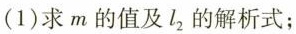
(1)求m的值及l_{2}的解析式；